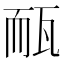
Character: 𤭃